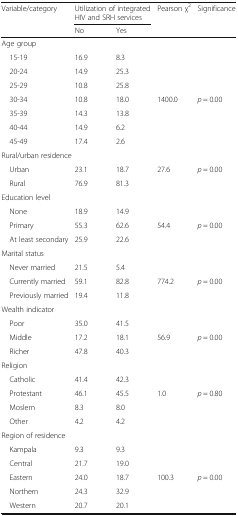
<table><thead><tr><td rowspan="2"><b>Variable/category</b></td><td colspan="2"><b>Utilization of integrated HIV and SRH services</b></td><td rowspan="2"><b>Pearson χ<sup>2</sup></b></td><td rowspan="2"><b>Significance</b></td></tr><tr><td><b>No</b></td><td><b>Yes</b></td></tr></thead><tbody><tr><td colspan="5">Age group</td></tr><tr><td> 15-19</td><td>16.9</td><td>8.3</td><td></td><td></td></tr><tr><td> 20-24</td><td>14.9</td><td>25.3</td><td></td><td></td></tr><tr><td> 25-29</td><td>10.8</td><td>25.8</td><td></td><td></td></tr><tr><td> 30-34</td><td>10.8</td><td>18.0</td><td>1400.0</td><td><i>p</i> = 0.00</td></tr><tr><td> 35-39</td><td>14.3</td><td>13.8</td><td></td><td></td></tr><tr><td> 40-44</td><td>14.9</td><td>6.2</td><td></td><td></td></tr><tr><td> 45-49</td><td>17.4</td><td>2.6</td><td></td><td></td></tr><tr><td colspan="5">Rural/urban residence</td></tr><tr><td> Urban</td><td>23.1</td><td>18.7</td><td>27.6</td><td><i>p</i> = 0.00</td></tr><tr><td> Rural</td><td>76.9</td><td>81.3</td><td></td><td></td></tr><tr><td colspan="5">Education level</td></tr><tr><td> None</td><td>18.9</td><td>14.9</td><td></td><td></td></tr><tr><td> Primary</td><td>55.3</td><td>62.6</td><td>54.4</td><td><i>p</i> = 0.00</td></tr><tr><td> At least secondary</td><td>25.9</td><td>22.6</td><td></td><td></td></tr><tr><td colspan="5">Marital status</td></tr><tr><td> Never married</td><td>21.5</td><td>5.4</td><td></td><td></td></tr><tr><td> Currently married</td><td>59.1</td><td>82.8</td><td>774.2</td><td><i>p</i> = 0.00</td></tr><tr><td> Previously married</td><td>19.4</td><td>11.8</td><td></td><td></td></tr><tr><td colspan="5">Wealth indicator</td></tr><tr><td> Poor</td><td>35.0</td><td>41.5</td><td></td><td></td></tr><tr><td> Middle</td><td>17.2</td><td>18.1</td><td>56.9</td><td><i>p</i> = 0.00</td></tr><tr><td> Richer</td><td>47.8</td><td>40.3</td><td></td><td></td></tr><tr><td colspan="5">Religion</td></tr><tr><td> Catholic</td><td>41.4</td><td>42.3</td><td></td><td></td></tr><tr><td> Protestant</td><td>46.1</td><td>45.5</td><td>1.0</td><td><i>p</i> = 0.80</td></tr><tr><td> Moslem</td><td>8.3</td><td>8.0</td><td></td><td></td></tr><tr><td> Other</td><td>4.2</td><td>4.2</td><td></td><td></td></tr><tr><td colspan="5">Region of residence</td></tr><tr><td> Kampala</td><td>9.3</td><td>9.3</td><td></td><td></td></tr><tr><td> Central</td><td>21.7</td><td>19.0</td><td></td><td></td></tr><tr><td> Eastern</td><td>24.0</td><td>18.7</td><td>100.3</td><td><i>p</i> = 0.00</td></tr><tr><td> Northern</td><td>24.3</td><td>32.9</td><td></td><td></td></tr><tr><td> Western</td><td>20.7</td><td>20.1</td><td></td><td></td></tr></tbody></table>